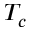
T _ { c }